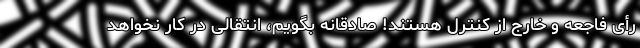
رأی فاجعه و خارج از کنترل هستند! صادقانه بگویم، انتقالی در کار نخواهد